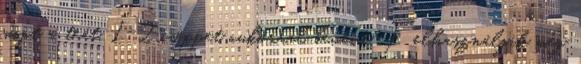
mint a teát, 1-2 cseppet cukorral bevéve. Felhasználják még